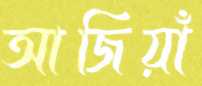
আজিয়াঁ